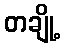
တချို့